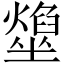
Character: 𡓢